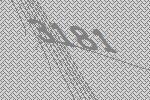
3181